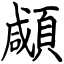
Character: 顑